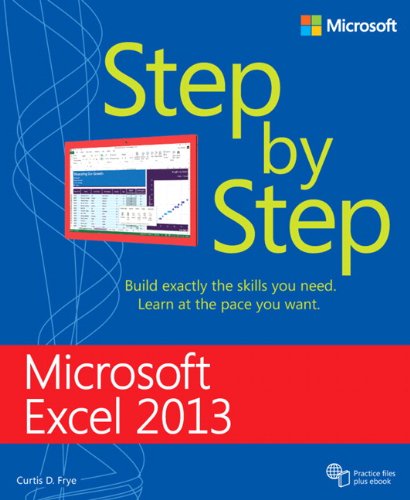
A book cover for Microsoft Excel 2013 Step By Step; Curtis Frye; Computers & Technology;